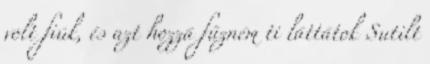
volt fiúk, és azt hozzá fűzném ti láttátok Sutilt